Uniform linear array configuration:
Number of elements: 64
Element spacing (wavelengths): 0.5
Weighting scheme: hann
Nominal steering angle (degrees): -15
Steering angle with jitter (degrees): -16.419
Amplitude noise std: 0.05
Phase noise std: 0.05

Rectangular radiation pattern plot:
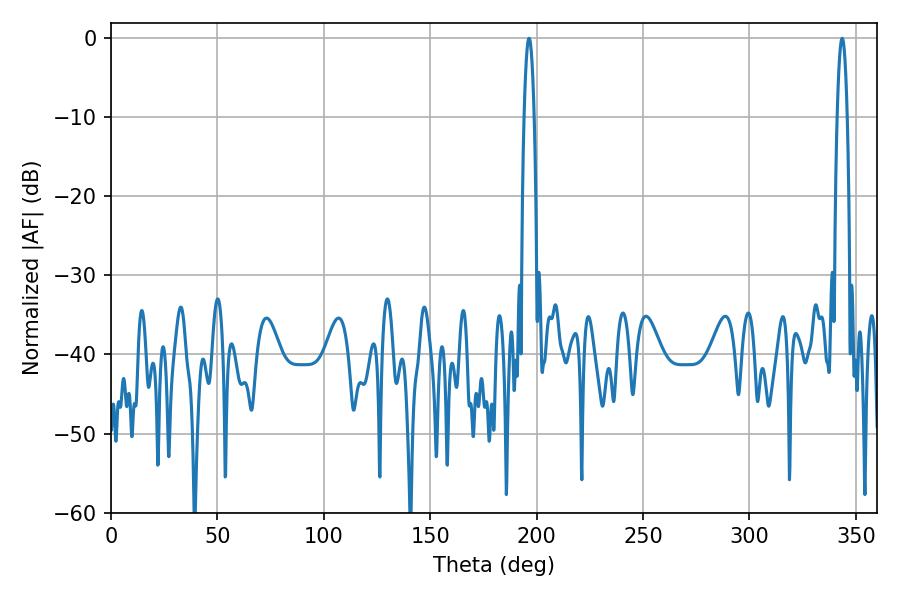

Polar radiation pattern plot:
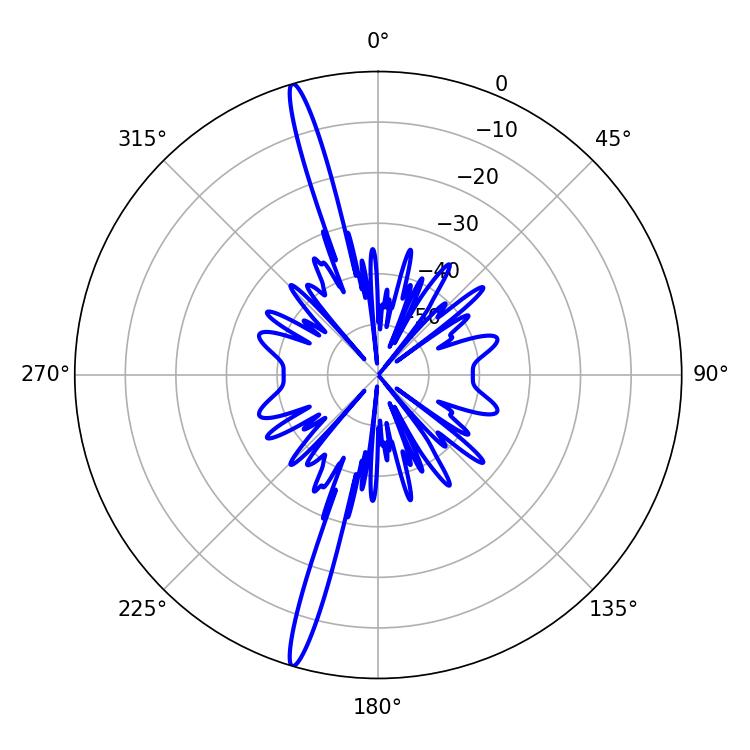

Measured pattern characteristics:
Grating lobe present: FALSE
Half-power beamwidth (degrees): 2.52
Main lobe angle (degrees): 196.38